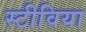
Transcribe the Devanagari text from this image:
स्टीविया